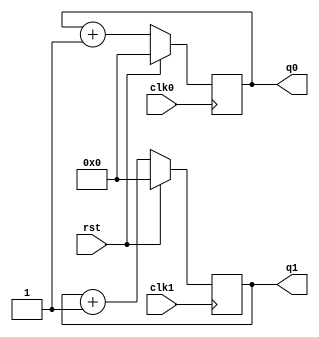
module counter4_2clock(clk0, rst, clk1, q0, q1);

    input clk0;
    input rst;
    output [3:0] q0;
    reg [3:0] q0;

    input clk1;
    output [3:0] q1;
    reg [3:0] q1;

    initial begin
      q0 <= 0;
      q1 <= 0;
    end

    always @ (posedge clk0)
    begin
        if(rst)
		q0 <= 4'b0000;
	else
		q0 <= q0 + 1;
    end

    always @ (posedge clk1)
    begin
        if(rst)
		q1 <= 4'b0000;
	else
		q1 <= q1 + 1;
    end

endmodule